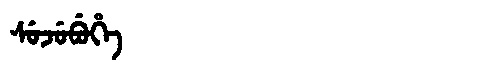
Manchu: ᠰᡠᠵᡠᠪᡠᡥᡝ
Romanization: SUJUBUHE